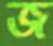
জ